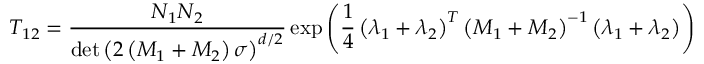
T _ { 1 2 } = \frac { N _ { 1 } N _ { 2 } } { \operatorname * { d e t } \left( 2 \left( M _ { 1 } + M _ { 2 } \right) \sigma \right) ^ { d / 2 } } \exp \left( \frac { 1 } { 4 } \left( \lambda _ { 1 } + \lambda _ { 2 } \right) ^ { T } \left( M _ { 1 } + M _ { 2 } \right) ^ { - 1 } \left( \lambda _ { 1 } + \lambda _ { 2 } \right) \right)